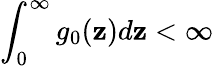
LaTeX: \int_{0}^{\infty}g_{0}(\mathbf{z})d\mathbf{z}<\infty